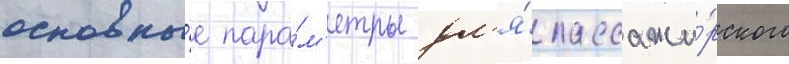
основны́е пара́м'етры дл'я́ пассажи́рского